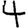
Digit: 4